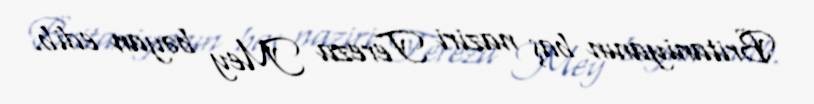
Britaniyanın baş naziri Tereza Mey bəyan edib.